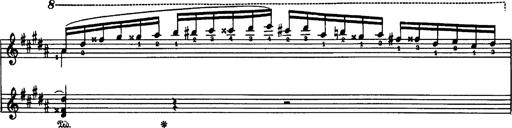
Title: Danza sacra e duetto finale dâ€™Aida
Composer: Franz Liszt